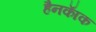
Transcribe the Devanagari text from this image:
हैनकाॅक